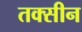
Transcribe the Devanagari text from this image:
तक्सीन